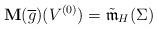
LaTeX: \begin{align*}\mathbf{M}(\overline{g})(V^{(0)})=\tilde{\mathfrak{m}}_H(\Sigma)\end{align*}